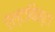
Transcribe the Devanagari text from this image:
ऐल्टाविस्टा